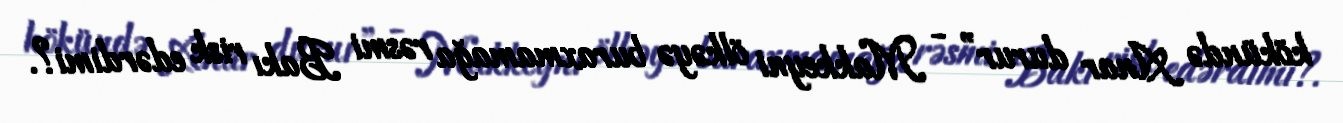
kökündə Anar durur” - Makkeyni ölkəyə buraxmamağa rəsmi Bakı risk edərdimi?.